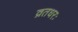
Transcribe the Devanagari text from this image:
व्रतधरः